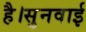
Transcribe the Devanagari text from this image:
है।सुनवाई